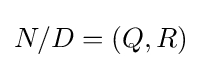
N/D=(Q,R)